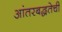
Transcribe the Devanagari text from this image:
आंतरबद्धतेची